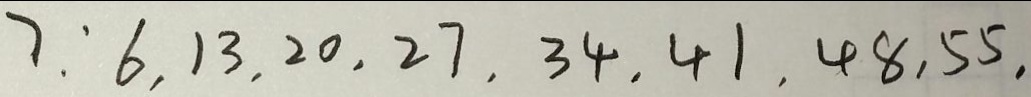
7 : 6 , 1 3 , 2 0 , 2 7 , 3 4 , 4 1 , 4 8 , 5 5 ,